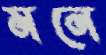
মনে